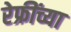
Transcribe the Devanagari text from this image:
रेफ्रींच्या